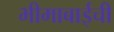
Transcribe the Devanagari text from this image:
भीमाबाईची